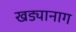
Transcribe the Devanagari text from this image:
खड्यानाग